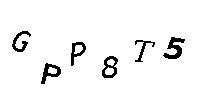
GPP8T5